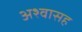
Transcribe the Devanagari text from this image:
अश्वासह